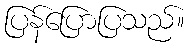
ပြန်ပြောပြသည်။